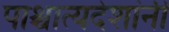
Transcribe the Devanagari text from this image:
पाश्चात्यदेशांनी